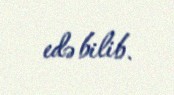
edə bilib.